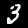
Digit: 3